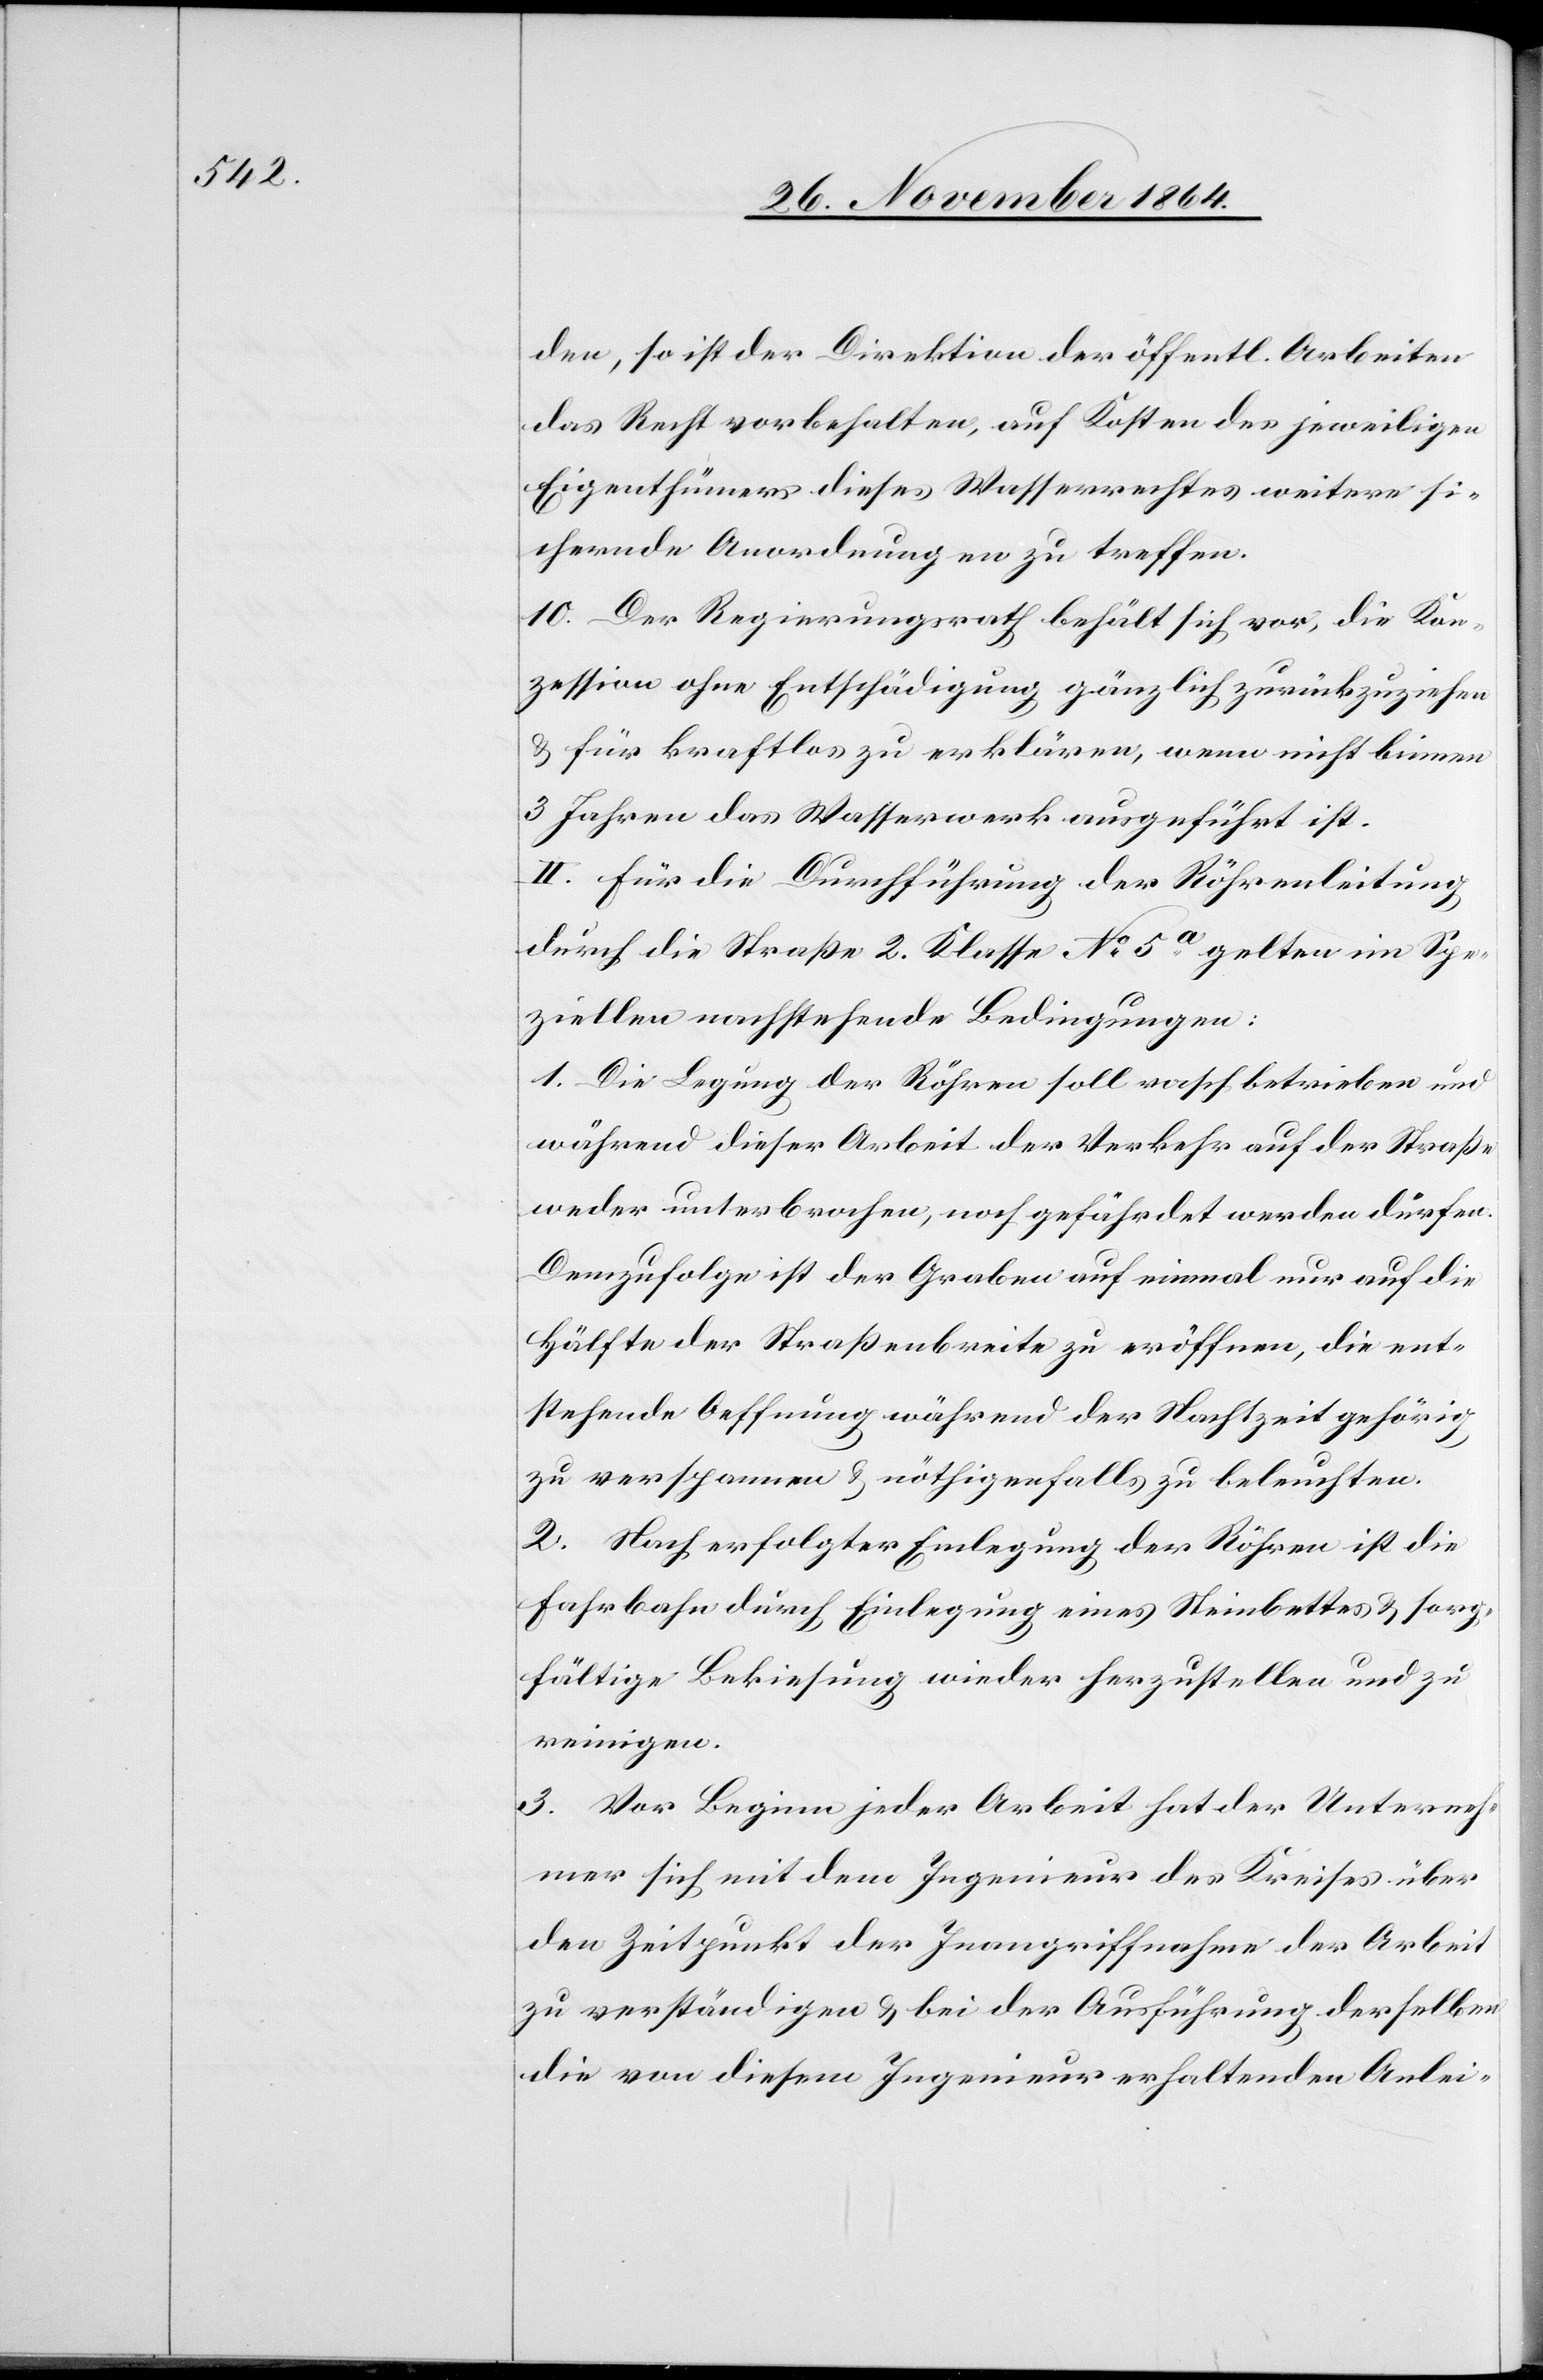
den, so ist der Direktion der öffentl. Arbeiten
das Recht vorbehalten, auf Kosten des jeweiligen
Eigenthümers dieses Wasserrechtes weitere si¬
chernde Anordnungen zu treffen.
10. Der Regierungsrath behält sich vor, die Kon¬
zession ohne Entschädigung gänzlich zurückzuziehen
& für kraftlos zu erklären, wenn nicht binnen
3 Jahren das Wasserwerk ausgeführt ist.
II. Für die Durchführung der Röhrenleitung
durch die Straße 2. Klasse No 5a gelten im Spe¬
ziellen nachstehende Bedingungen:
1. Die Legung der Röhren soll rasch betrieben und
während dieser Arbeit der Verkehr auf der Straße
weder unterbrochen, noch gefährdet werden dürfen.
Demzufolge ist der Graben auf einmal nur auf die
Hälfte der Straßenbreite zu eröffnen, die ent¬
stehende Oeffnung während der Nachtzeit gehörig
zu verspannen & nöthigenfalls zu beleuchten.
2. Nach erfolgter Einlegung der Röhren ist die
Fahrbahn durch Einlegung eines Steinbettes & sorg¬
fältige Bekiesung wieder herzustellen und zu
reinigen.
3. Vor Beginn jeder Arbeit hat der Unterneh¬
mer sich mit dem Ingenieur des Kreises über
den Zeitpunkt der Inangriffnahme der Arbeit
zu verständigen & bei der Ausführung derselben
die von diesem Ingenieur erhaltenden Anlei-